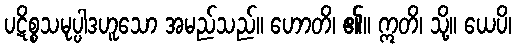
ပဋိစ္စသမုပ္ပါဒဟူသော အမည်သည်။ ဟောတိ၊ ၏။ ဣတိ၊ သို့။ ယေပိ၊